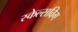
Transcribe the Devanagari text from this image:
स्केल्सविग